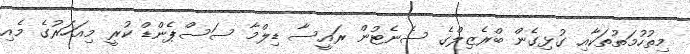
މިތުހުމަތުތަކާއި ގުޅިގެން ބްރެޒިލްގެ ސެނެޓުން ރައީސާ ޑިލްމާ ސަސްޕެންޑް ކުރީ މިއަހަރުގެ މެއި